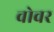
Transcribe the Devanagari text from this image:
वोवर